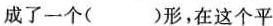
成了一个( )形，在这个平